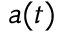
a ( t )